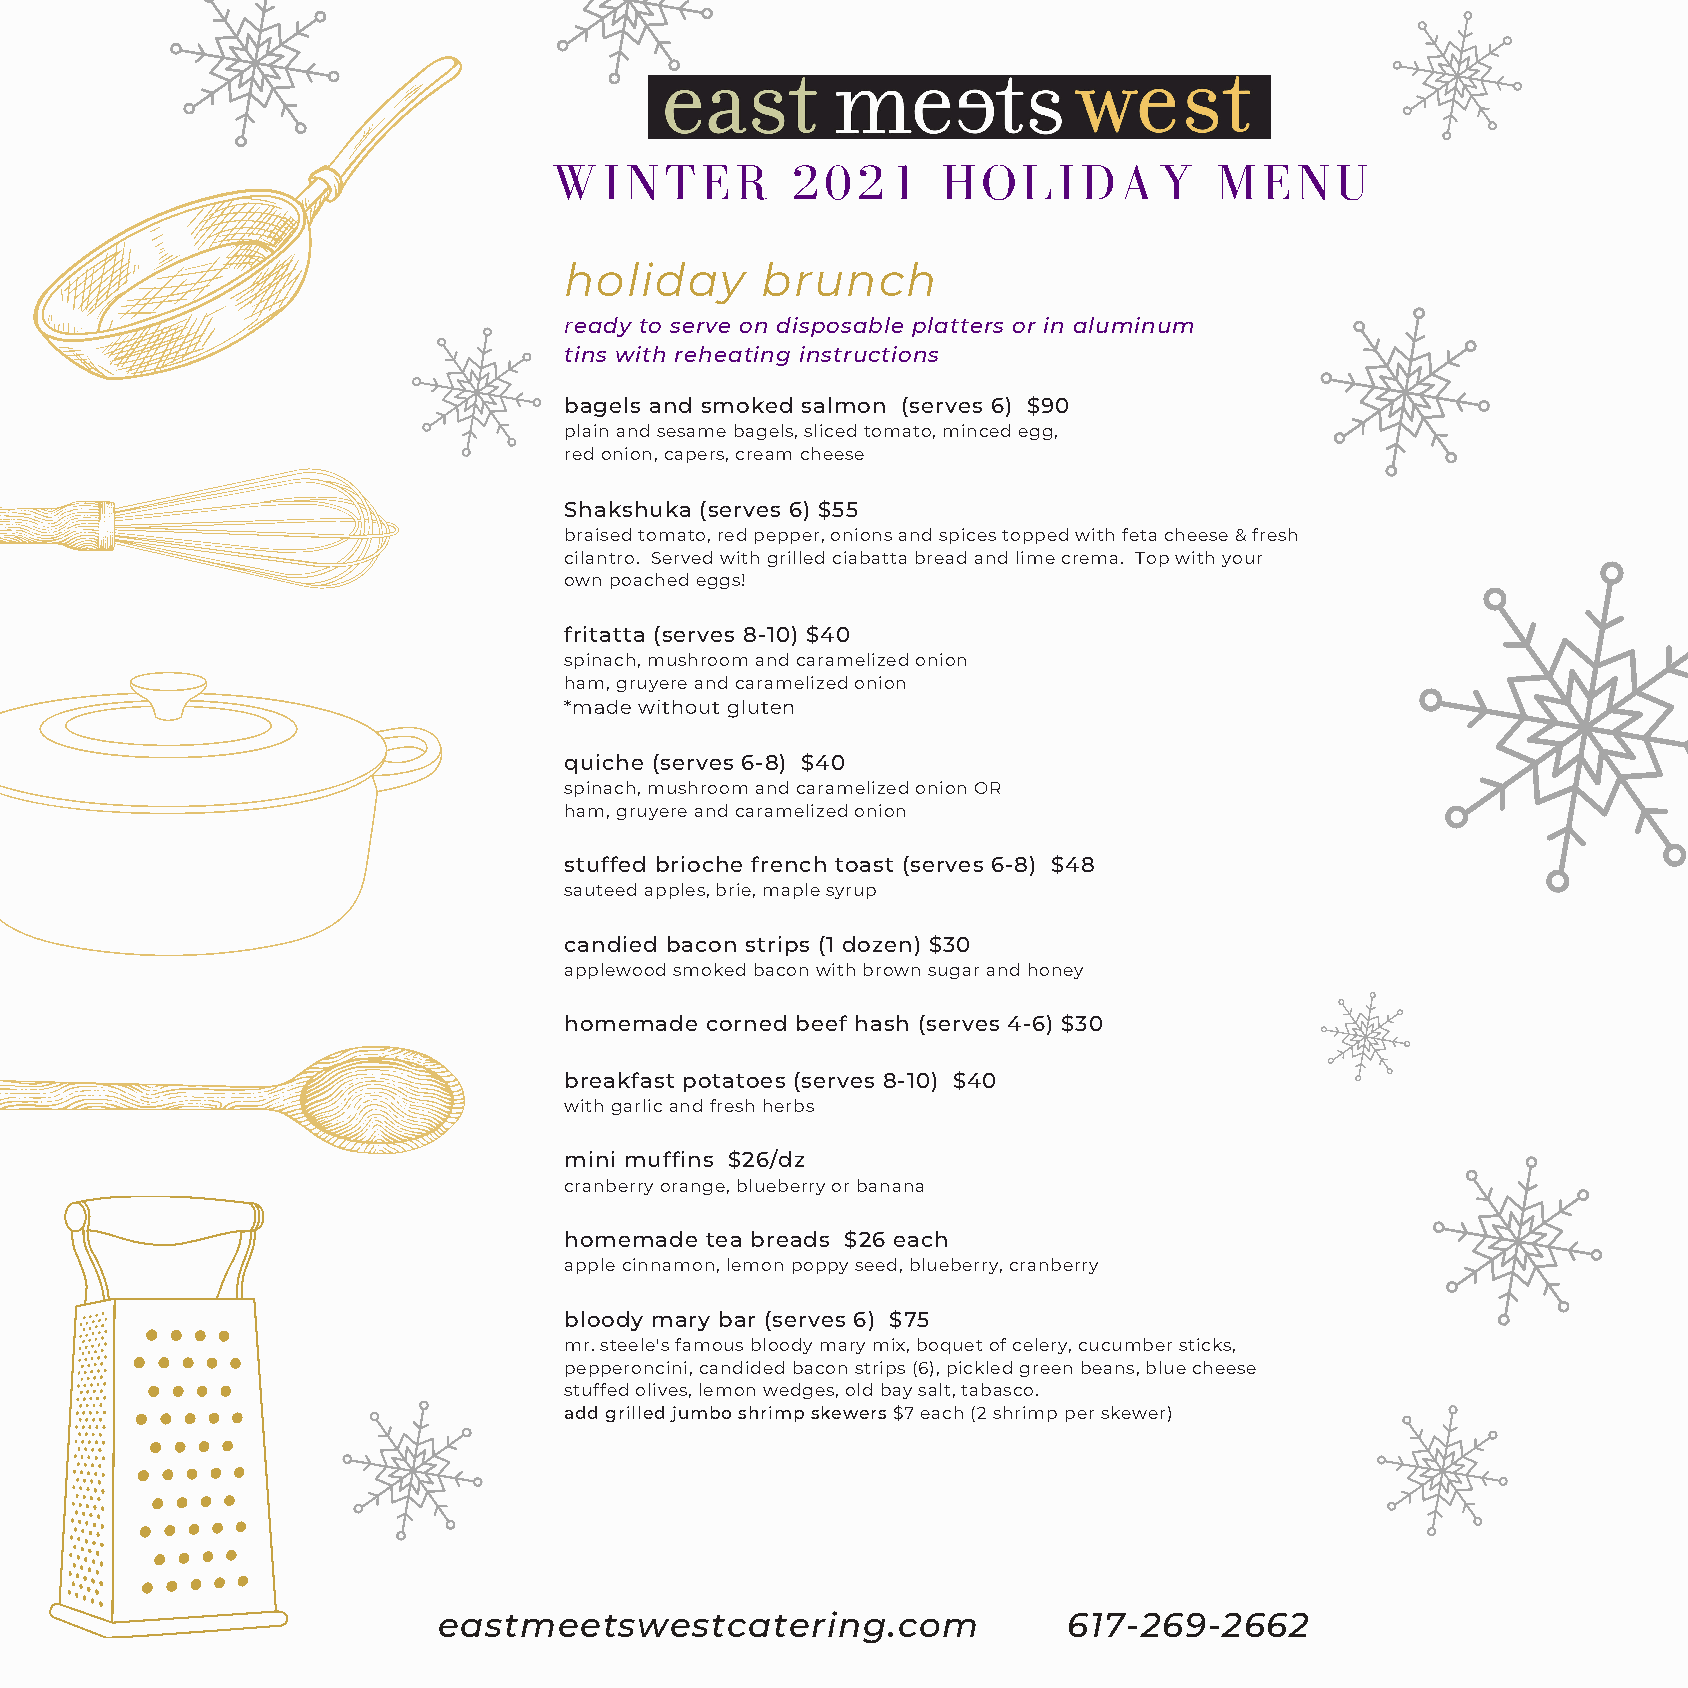
WINTER          2021      HOLIDAY            MENU
 holiday      brunch
 ready to serve on disposable platters or in aluminum
 tins with reheating instructions
 bagels and smoked salmon (serves 6) $90
 plain and sesame bagels, sliced tomato, minced egg,
 red onion, capers, cream cheese
 Shakshuka (serves 6) $55
 braised tomato, red pepper, onions and spices topped with feta cheese & fresh
 cilantro. Served with grilled ciabatta bread and lime crema. Top with your
 own poached eggs!
 fritatta (serves 8-10) $40
 spinach, mushroom and caramelized onion
 ham, gruyere and caramelized onion
 *made without gluten
 quiche (serves 6-8) $40
 spinach, mushroom and caramelized onion OR
 ham, gruyere and caramelized onion
 stuffed brioche french toast (serves 6-8) $48
 sauteed apples, brie, maple syrup
 candied bacon strips (1 dozen) $30
 applewood smoked bacon with brown sugar and honey
 homemade  corned beef hash (serves 4-6) $30
 breakfast potatoes (serves 8-10) $40
 with garlic and fresh herbs
 mini muffins $26/dz
 cranberry orange, blueberry or banana
 homemade  tea breads $26 each
 apple cinnamon, lemon poppy seed, blueberry, cranberry
 bloody mary bar (serves 6) $75
 mr. steele's famous bloody mary mix, boquet of celery, cucumber sticks,
 pepperoncini, candided bacon strips (6), pickled green beans, blue cheese
 stuffed olives, lemon wedges, old bay salt, tabasco.
 add grilled jumbo shrimp skewers $7 each (2 shrimp per skewer)
 eastmeetswestcatering.com                 617-269-2662